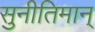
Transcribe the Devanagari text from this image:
सुनीतिमान्‌